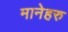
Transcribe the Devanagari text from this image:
मानेहरु